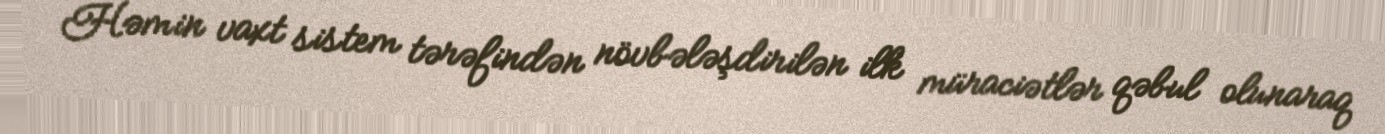
Həmin vaxt sistem tərəfindən növbələşdirilən ilk müraciətlər qəbul olunaraq